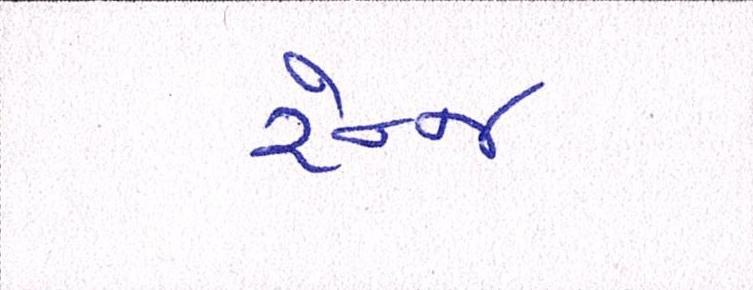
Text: રેન્જ